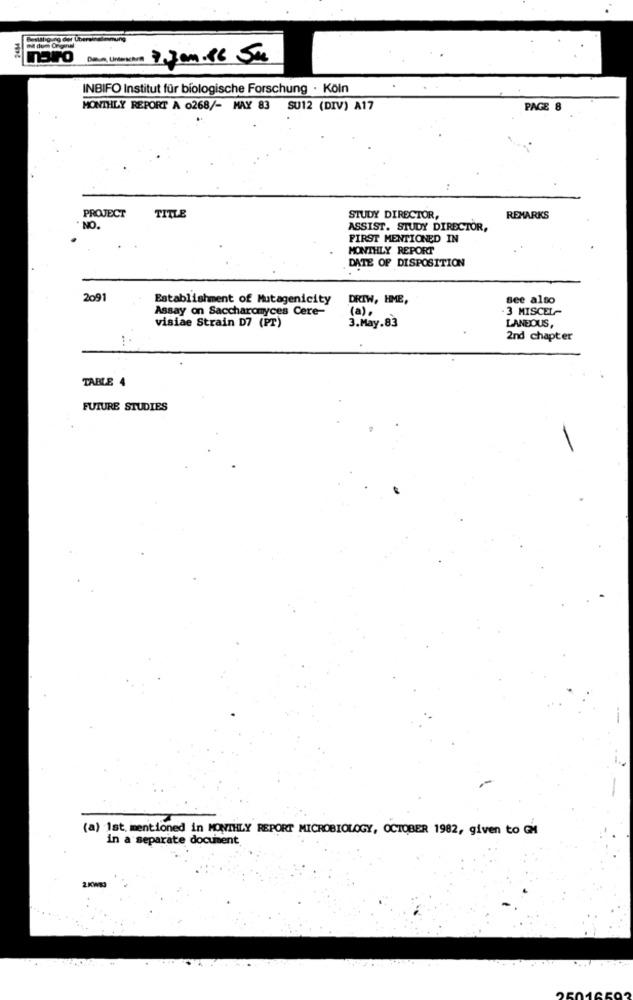
Bestätigung der Übereine
mil dom Origins
moro
INBIFO Institut für biologische Forschung · Köln
MONTHLY REPORT A 0268/- MAY 83 SU12 (DIV) A17
PAGE 8
PROJECT
TITLE
STUDY DIRECTOR,
REMARKS
. NO.
ASSIST. STUDY DIRECTOR,
FIRST MENTIONED IN
MONTHLY REPORT
DATE OF DISPOSITION
2091
Establishment of Mutagenicity
DRIW, HME,
see also
Assay on Saccharomyces Cere-
(a).
3 MISCEL-
visiae Strain D7 (PT)
3.May.83
LANEOUS,
2nd chapter
TABLE 4
FUTURE STUDIES
(a) Ist. mentioned in MONTHLY REPORT MICROBIOLOGY, OCTOBER 1982, given to GH
in a separate document